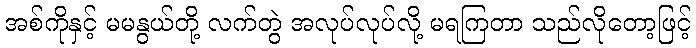
အစ်ကိုနှင့် မမနွယ်တို့ လက်တွဲ အလုပ်လုပ်လို့ မရကြတာ သည်လိုတော့ဖြင့်